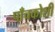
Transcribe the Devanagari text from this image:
पाँचकोशी